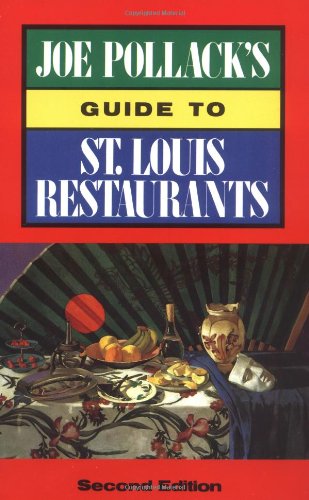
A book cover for Joe Pollack's Guide to St. Louis Restaurants; Joe Pollack; Travel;